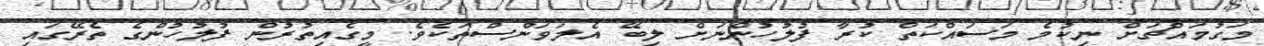
މަގުމައްޗަށް ނިކުމެ މަސައްކަތް ކުރާ ފުލުހުންނަށް ލިބޭ އެލަވަންސްތަކެވެ. މީގެއިތުރުން ފުލުހުންގެ ތެރޭގައި